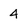
Character: 4